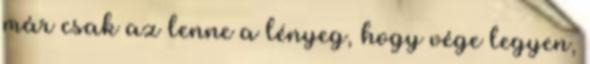
már csak az lenne a lényeg, hogy vége legyen,